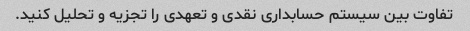
تفاوت بین سیستم حسابداری نقدی و تعهدی را تجزیه و تحلیل کنید.